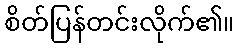
စိတ်ပြန်တင်းလိုက်၏။